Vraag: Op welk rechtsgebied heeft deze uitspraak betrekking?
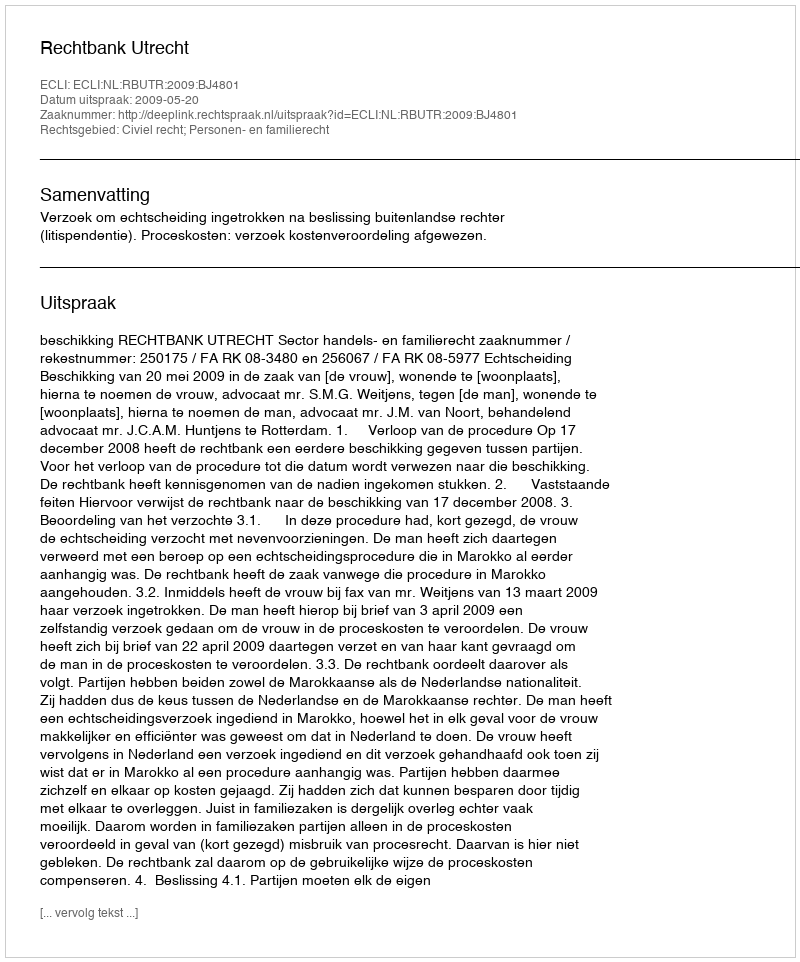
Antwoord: Civiel recht; Personen- en familierecht